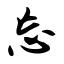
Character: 忘